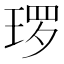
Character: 𭹜